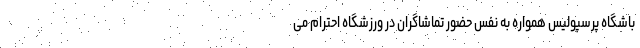
باشگاه پرسپولیس همواره به نفس حضور تماشاگران در ورزشگاه احترام می